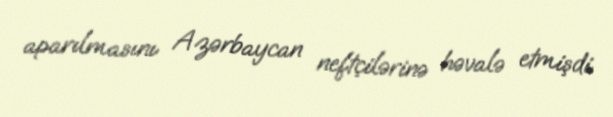
aparılmasını Azərbaycan neftçilərinə həvalə etmişdi.